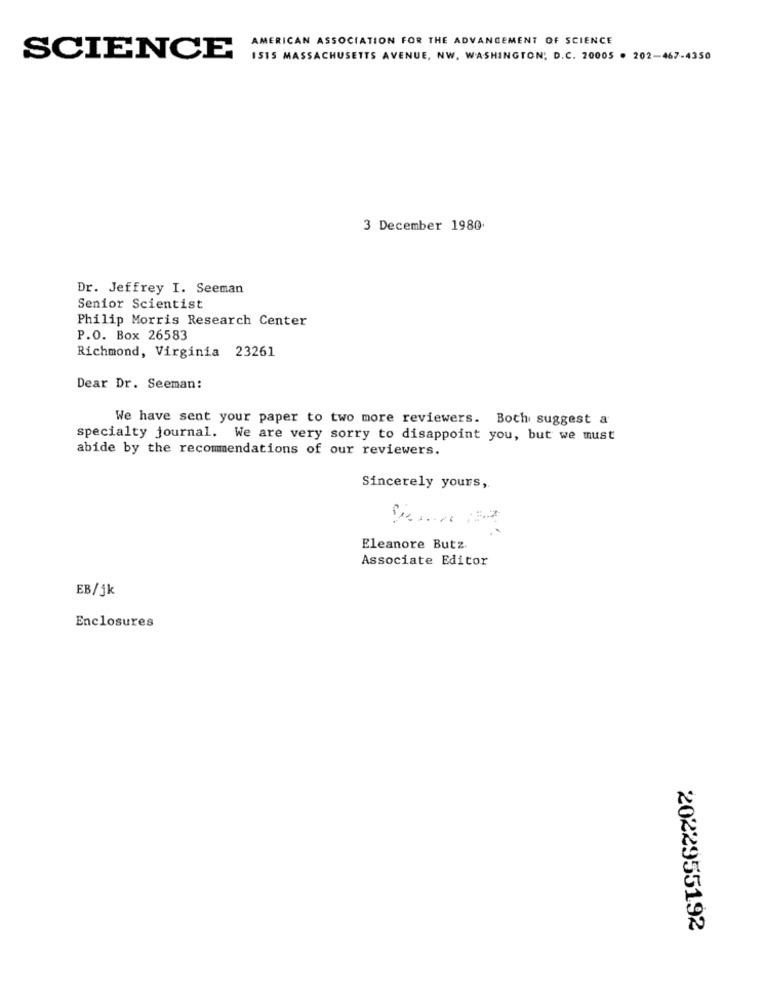
AMERICAN ASSOCIATION FOR THE ADVANCEMENT OF SCIENCE
SCIENCE
ISTS MASSACHUSETTS AVENUE, NW. WASHINGTON, D.C. 20005 . 202-467-4350
3 December 1980
Dr. Jeffrey I. Seeman
Senior Scientist
Philip Morris Research Center
P.O. Box 26583
Richmond, Virginia 23261
Dear Dr. Seeman:
We have sent your paper to two more reviewers. Both suggest a
specialty journal. We are very sorry to disappoint you, but we must
abide by the recommendations of our reviewers.
Sincerely yours,
Eleanore Butz.
Associate Editor
EB/jk
Enclosures
2022955192